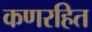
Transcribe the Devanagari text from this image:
कणरहित